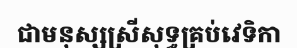
ជាមនុស្សស្រីសុទ្ធគ្រប់វេទិកា